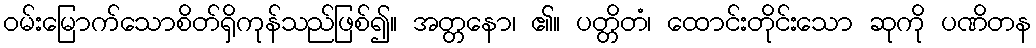
ဝမ်းမြောက်သောစိတ်ရှိကုန်သည်ဖြစ်၍။ အတ္တနော၊ ၏။ ပတ္တိတံ၊ ထောင်းတိုင်းသော ဆုကို ပဏိတန